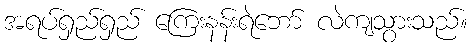
အရပ်ရှည်ရှည် ကြေးနန်းရဲဘော် လဲကျသွားသည်။